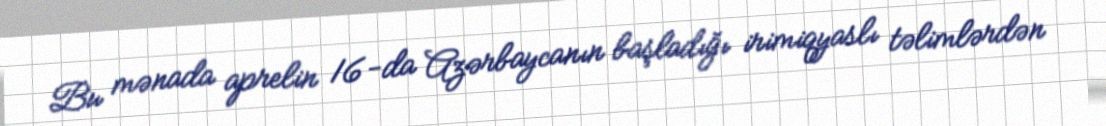
Bu mənada aprelin 16-da Azərbaycanın başladığı irimiqyaslı təlimlərdən